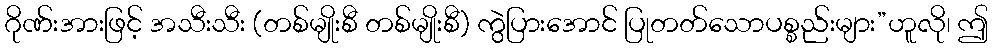
ဂိုဏ်းအားဖြင့် အသီးသီး (တစ်မျိုးစီ တစ်မျိုးစီ) ကွဲပြားအောင် ပြုတတ်သောပစ္စည်းများ”ဟူလို၊ ဤ